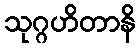
သုဂ္ဂဟိတာနိ